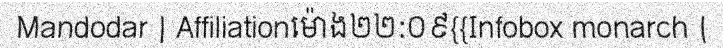
Mandodar | Affiliationម៉ោង២២:០៩{{Infobox monarch |